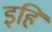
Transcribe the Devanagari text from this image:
इहि